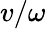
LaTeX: v/\omega